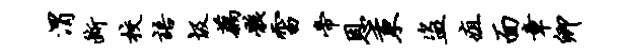
渭断校语圾藕骸雷帝恩秉盗疽面章卿